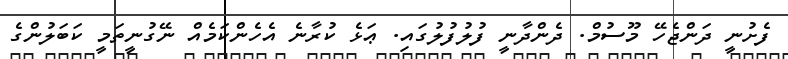
ފެށުނީ ދަންޖެހޭ މޫސުމް. ދެންދާނީ ފުުުލުފުލުގައި. ޢަޅެ ކުރާނެ އެހެންކަމެއް ނޭގުނީތަމީ ކަބަލުންގެ